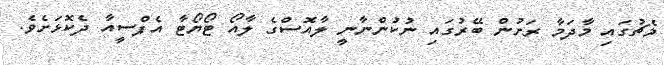
މެޗުގައި މާދަމާ ރަށުން ބޭރުގައި ނުކުންނާނީ ލާއޮސްގެ ލާއޯ ޓޯޔޯޓާ އެފްސީއާ ދެކޮޅަށެވެ.